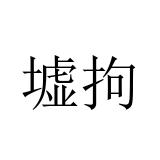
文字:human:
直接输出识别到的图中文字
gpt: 墟拘